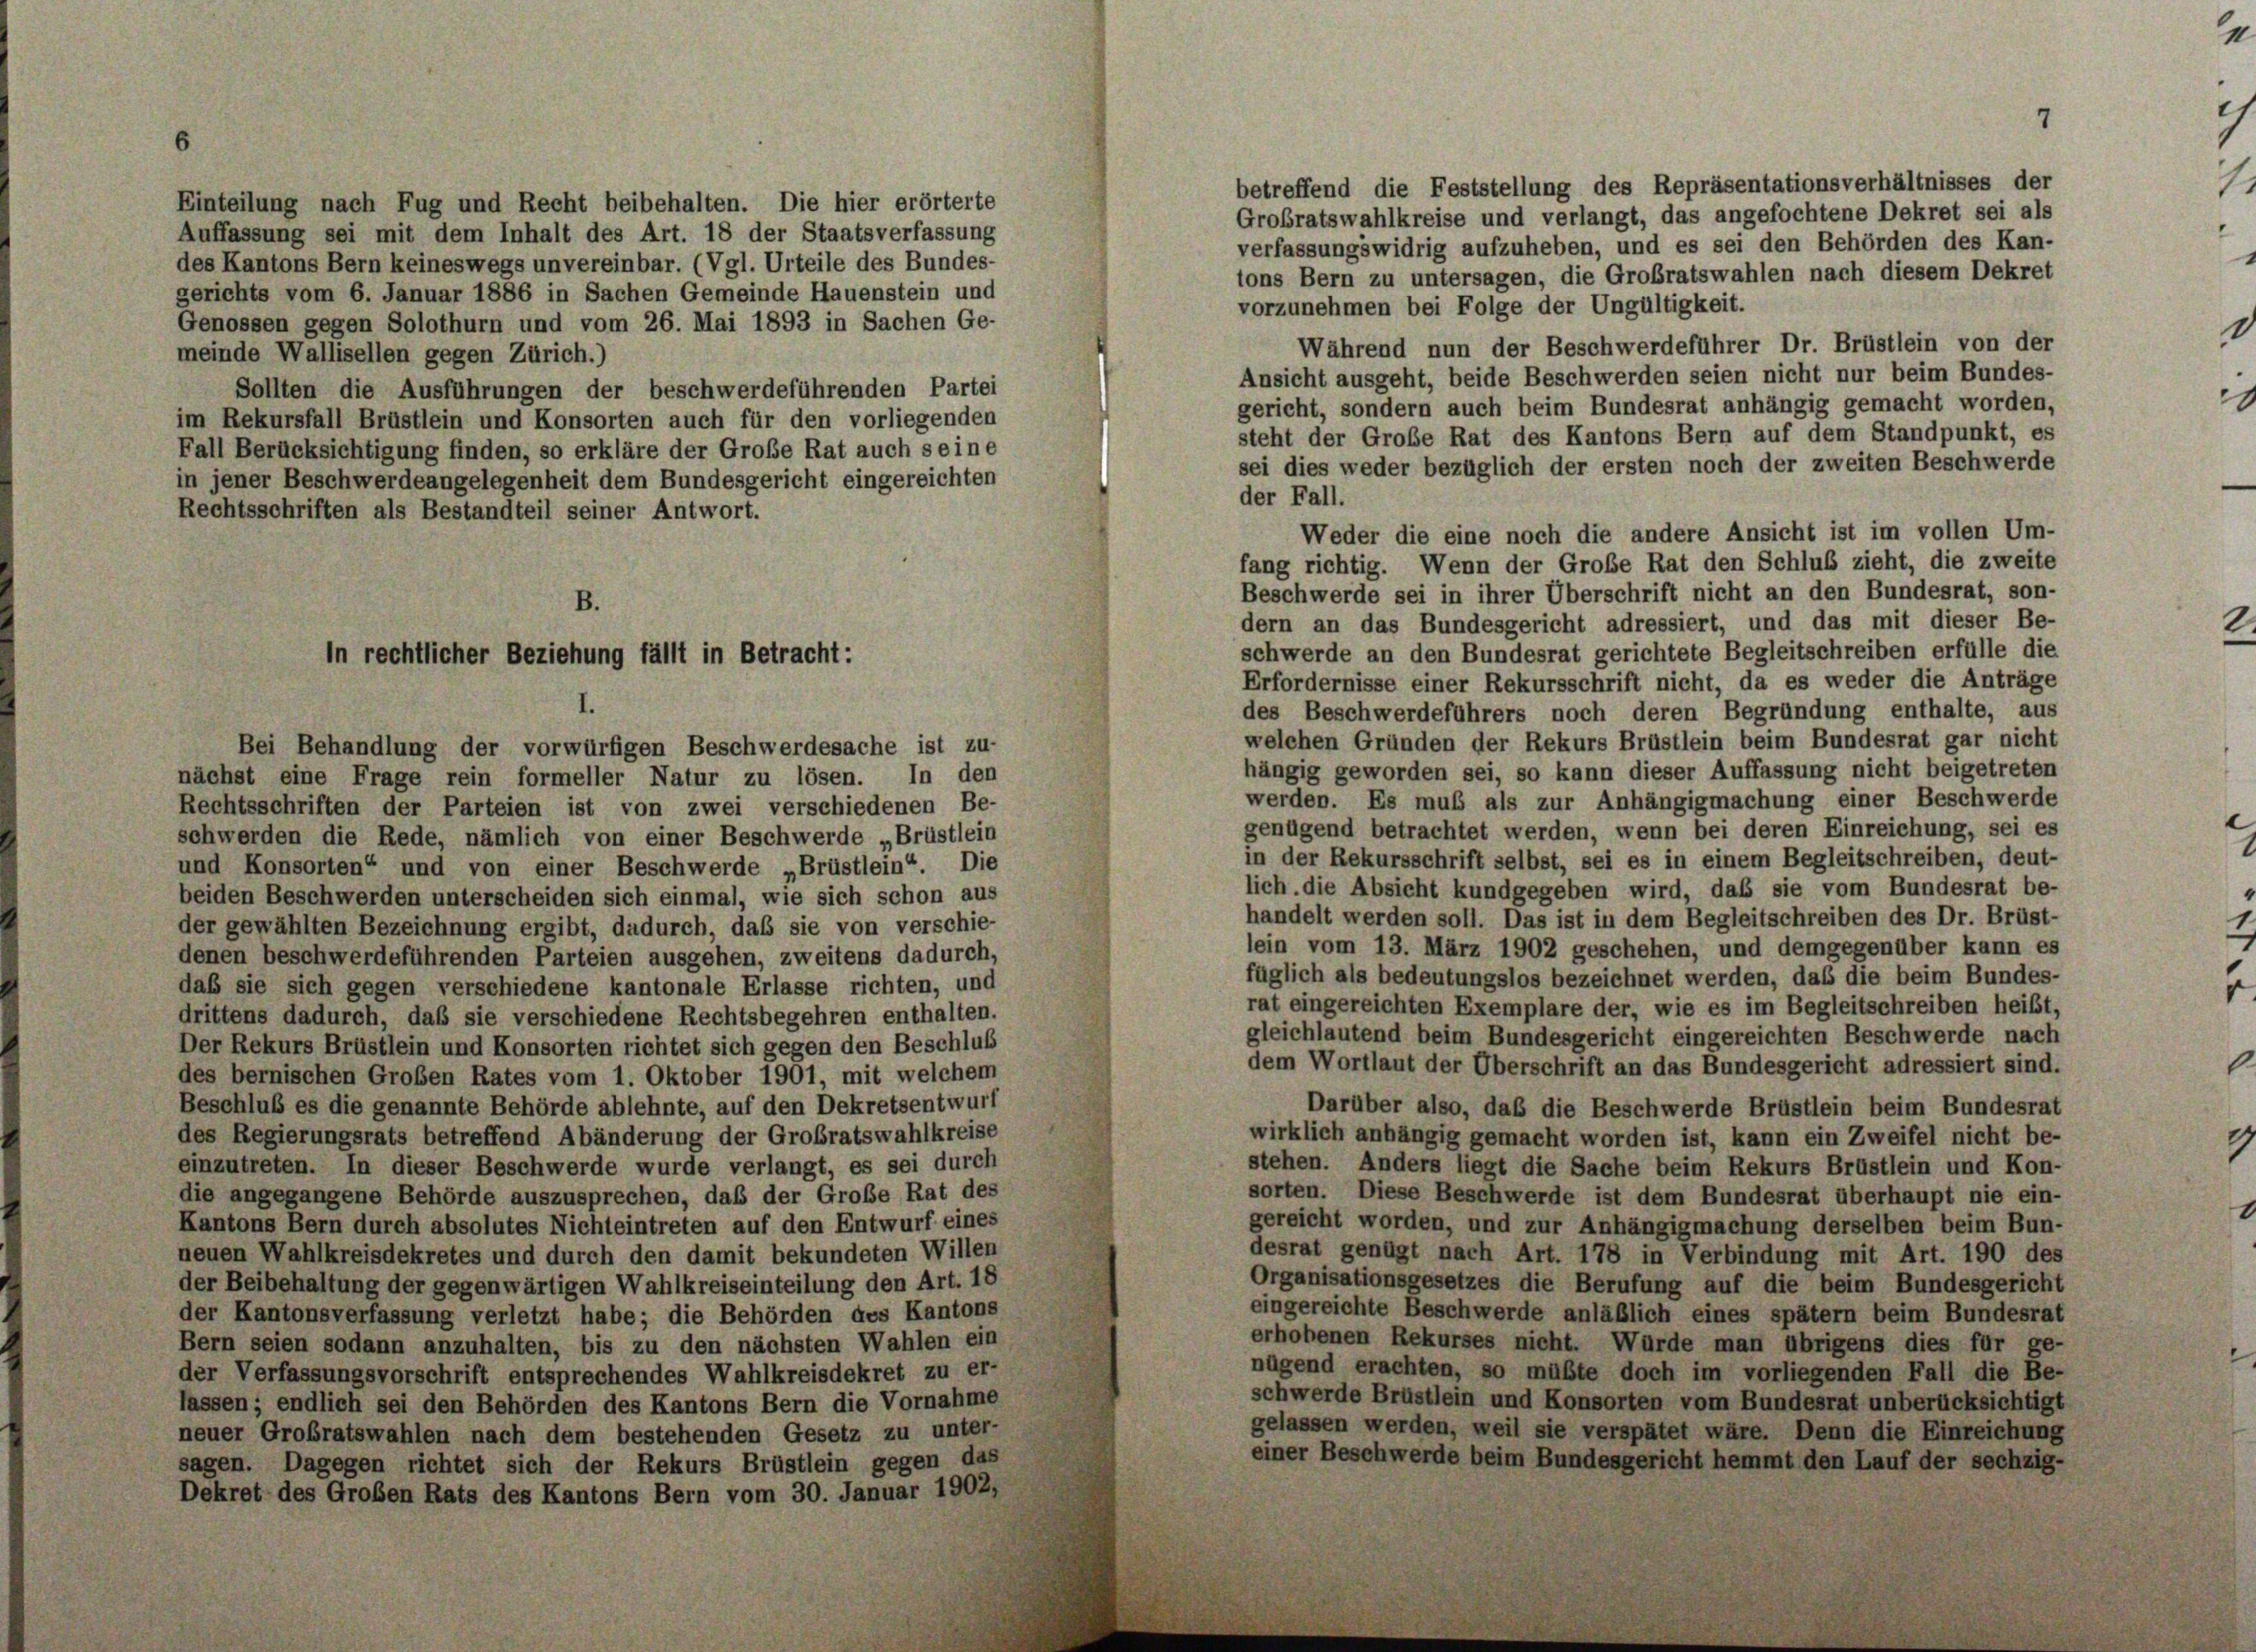
betreffend die Feststellung des Repräsentationsverhältnisses der
Großratswahlkreise und verlangt, das angefochtene Dekret sei als
verfassungswidrig aufzuheben, und es sei den Behörden des Kan-
tons Bern zu untersagen, die Großratswahlen nach diesem Dekret
vorzunehmen bei Folge der Ungültigkeit.
Während nun der Beschwerdeführer Dr. Brüstlein von der
Ansicht ausgeht, beide Beschwerden seien nicht nur beim Bundes-
gericht, sondern auch beim Bundesrat anhängig gemacht worden,
steht der Große Rat des Kantons Bern auf dem Standpunkt, es
sei dies weder bezüglich der ersten noch der zweiten Beschwerde
der Fall.
Weder die eine noch die andere Ansicht ist im vollen Um-
fang richtig. Wenn der Große Rat den Schluß zieht, die zweite
Beschwerde sei in ihrer Überschrift nicht an den Bundesrat, son-
B.
dern an das Bundesgericht adressiert, und das mit dieser Be-
schwerde an den Bundesrat gerichtete Begleitschreiben erfülle die
Erfordernisse einer Rekursschrift nicht, da es weder die Anträge
des Beschwerdeführers noch deren Begründung enthalte, aus
welchen Gründen der Rekurs Brüstlein beim Bundesrat gar nicht
Bei Behandlung der vorwürfigen Beschwerdesache ist zu-
hängig geworden sei, so kann dieser Auffassung nicht beigetreten
nächst eine Frage rein formeller Natur zu lösen. In den
werden. Es muß als zur Anhängigmachung einer Beschwerde
Rechtsschriften der Parteien ist von zwei verschiedenen Be-
genügend betrachtet werden, wenn bei deren Einreichung, sei es
schwerden die Rede, nämlich von einer Beschwerde „Brüstlein
in der Rekursschrift selbst, sei es in einem Begleitschreiben, deut-
und Konsorten“ und von einer Beschwerde „Brüstlein“. Die
lich. die Absicht kundgegeben wird, daß sie vom Bundesrat be-
beiden Beschwerden unterscheiden sich einmal, wie sich schon aus
handelt werden soll. Das ist in dem Begleitschreiben des Dr. Brüst-
der gewählten Bezeichnung ergibt, dadurch, daß sie von verschie-
lein vom 13. März 1902 geschehen, und demgegenüber kann es
denen beschwerdeführenden Parteien ausgehen, zweitens dadurch,
füglich als bedeutungslos bezeichnet werden, daß die beim Bundes-
daß sie sich gegen verschiedene kantonale Erlasse richten, und
rat eingereichten Exemplare der, wie es im Begleitschreiben heilt,
drittens dadurch, daß sie verschiedene Rechtsbegehren enthalten.
gleichlautend beim Bundesgericht eingereichten Beschwerde nach
Der Rekurs Brüstlein und Konsorten richtet sich gegen den Beschluß
dem Wortlaut der Überschrift an das Bundesgericht adressiert sind.
des bernischen Großen Rates vom 1. Oktober 1901, mit welchem
Beschluß es die genannte Behörde ablehnte, auf den Dekretsentwurf
Darüber also, daß die Beschwerde Brüstlein beim Bundesrat
wirklich anhängig gemacht worden ist, kann ein Zweifel nicht be-
des Regierungsrats betreffend Abänderung der Großratswahlkreise
einzutreten. In dieser Beschwerde wurde verlangt, es sei durch
stehen. Anders liegt die Sache beim Rekurs Brüstlein und Kon-
sorten. Diese Beschwerde ist dem Bundesrat überhaupt nie ein-
die angegangene Behörde auszusprechen, daß der Große Rat des
gereicht worden, und zur Anhängigmachung derselben beim Bun-
Kantons Bern durch absolutes Nichteintreten auf den Entwurf eines
desrat genügt nach Art. 178 in Verbindung mit Art. 190 des
neuen Wahlkreisdekretes und durch den damit bekundeten Willen
Organisationsgesetzes die Berufung auf die beim Bundesgericht
der Beibehaltung der gegenwärtigen Wahlkreiseinteilung den Art. 18
eingereichte Beschwerde anläßlich eines spätem beim Bundesrat
der Kantonsverfassung verletzt habe; die Behörden des Kantons
erhobenen Rekurses nicht. Würde man übrigens dies für ge-
Bern seien sodann anzuhalten, bis zu den nächsten Wahlen ein
nügend erachten, so müßte doch im vorliegenden Fall die Be-
der Verfassungsvorschrift entsprechendes Wahlkreisdekret zu er-
schwerde Brüstlein und Konsorten vom Bundesrat unberücksichtigt
lassen; endlich sei den Behörden des Kantons Bern die Vornahme
gelassen werden, weil sie verspätet wäre. Denn die Einreichung
neuer Großratswahlen nach dem bestehenden Gesetz zu unter-
einer Beschwerde beim Bundesgericht hemmt den Lauf der sechzig-
sagen. Dagegen richtet sich der Rekurs Brüstlein gegen das
Dekret des Großen Rats des Kantons Bern vom 30. Januar 1902,

in rechtlicher Beziehung fällt in Betracht:

Einteilung nach Fug und Recht beibehalten. Die hier erörterte
Auffassung sei mit dem Inhalt des Art. 18 der Staatsverfassung
des Kantons Bern keineswegs unvereinbar. (Vgl. Urteile des Bundes-
gerichts vom 6. Januar 1886 in Sachen Gemeinde Hauenstein und
Genossen gegen Solothurn und vom 26. Mai 1893 in Sachen Ge-
meinde Wallisellen gegen Zürich.)
Sollten die Ausführungen der beschwerdeführenden Partei
im Rekursfall Brüstlein und Konsorten auch für den vorliegenden
Fall Berücksichtigung finden, so erkläre der Große Rat auch seine
in jener Beschwerdeangelegenheit dem Bundesgericht eingereichten
Rechtsschriften als Bestandteil seiner Antwort.